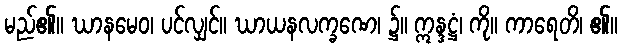
မည်၏။ ဃာနမေဝ၊ ပင်လျှင်။ ဃာယနလက္ခဏေ၊ ၌။ ဣန္ဒဋ္ဌံ၊ ကို။ ကာရေတိ၊ ၏။